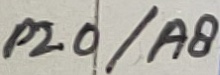
Text: P2.0/A8